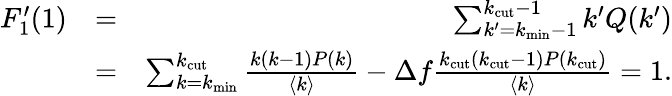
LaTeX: \begin{array}{rlr}{F_{1}^{\prime}(1)}&{=}&{\sum_{k^{\prime}=k_{\mathrm{min}}-1}^{k_{\mathrm{cut}}-1}k^{\prime}Q(k^{\prime})}\\ &{=}&{\sum_{k=k_{\mathrm{min}}}^{k_{\mathrm{cut}}}\frac{k(k-1)P(k)}{\langle k\rangle}-\Delta f\frac{k_{\mathrm{cut}}({k_{\mathrm{cut}}-1})P({k_{\mathrm{cut}}})}{\langle k\rangle}=1.}\end{array}